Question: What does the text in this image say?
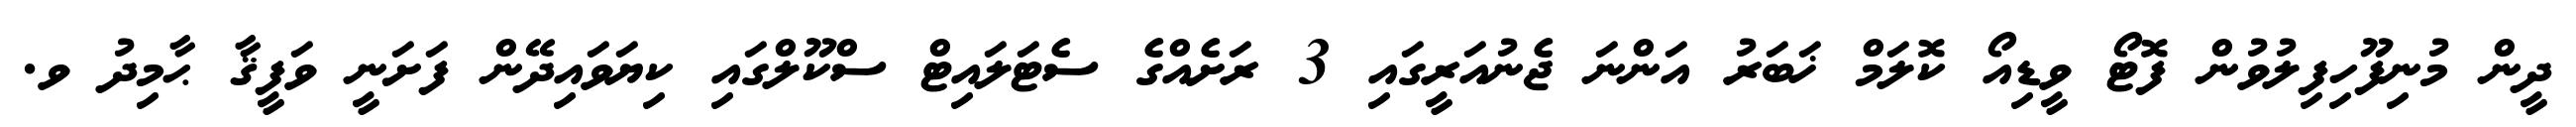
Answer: ދީން މުނިފޫހިފިލުވުން ފޮޓޯ ވީޑިއޯ ކޮލަމް ޚަބަރު އަންނަ ޖެނުއަރީގައި 3 ރަށެއްގެ ސެޓަލައިޓް ސްކޫލްގައި ކިޔަވައިދޭން ފަށަނީ ވަފީޤާ ޙާމިދު ވ.